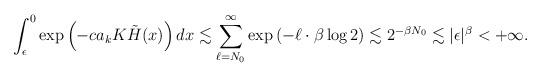
LaTeX: \begin{align*}\int_{\epsilon}^0 \exp\left( - ca_k K\tilde{H}(x) \right) dx \lesssim \sum_{\ell= N_0}^\infty \exp \left(-\ell \cdot\beta \log 2 \right) \lesssim 2^{-\beta N_0} \lesssim |\epsilon|^\beta < +\infty.\end{align*}